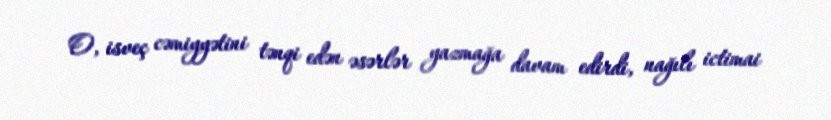
O, isveç cəmiyyətini tənqi edən əsərlər yazmağa davam edirdi, nağılı ictimai